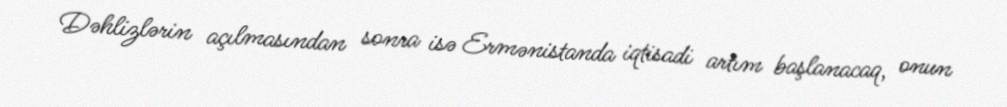
Dəhlizlərin açılmasından sonra isə Ermənistanda iqtisadi artım başlanacaq, onun